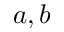
a , b